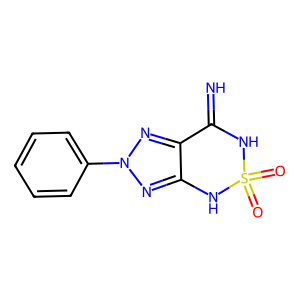
SMILES: N=C1NS(=O)(=O)Nc2nn(-c3ccccc3)nc21
Inhibits HIV replication: No